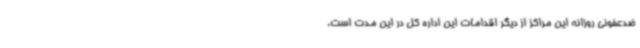
ضدعفونی روزانه این مراکز از دیگر اقدامات این اداره کل در این مدت است.